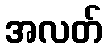
အလတ်